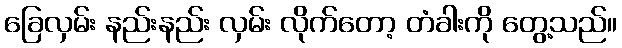
ခြေလှမ်း နည်းနည်း လှမ်း လိုက်တော့ တံခါးကို တွေ့သည်။